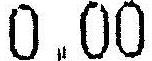
0.00